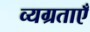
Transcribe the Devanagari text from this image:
व्यग्रताएँ